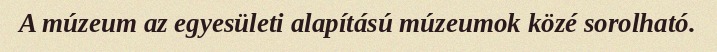
A múzeum az egyesületi alapítású múzeumok közé sorolható.